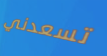
تسعدني